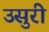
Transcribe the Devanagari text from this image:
उसुरी